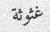
غثوثة